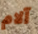
آلام